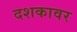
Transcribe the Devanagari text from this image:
दशकावर